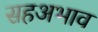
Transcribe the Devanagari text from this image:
सहअभाव